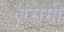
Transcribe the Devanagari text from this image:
लरामी